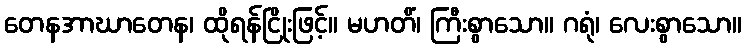
တေနအာဃာတေန၊ ထိုရန်ငြိုးဖြင့်။ မဟတိံ၊ ကြီးစွာသော။ ဂရုံ၊ လေးစွာသော။